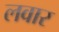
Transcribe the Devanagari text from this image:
लवार